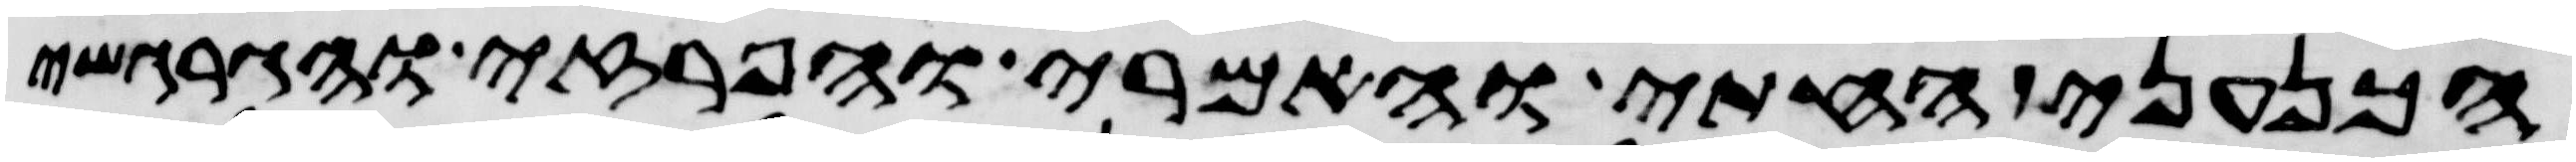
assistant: הכנעני החתי והאמרי והפרזי והגרגשי